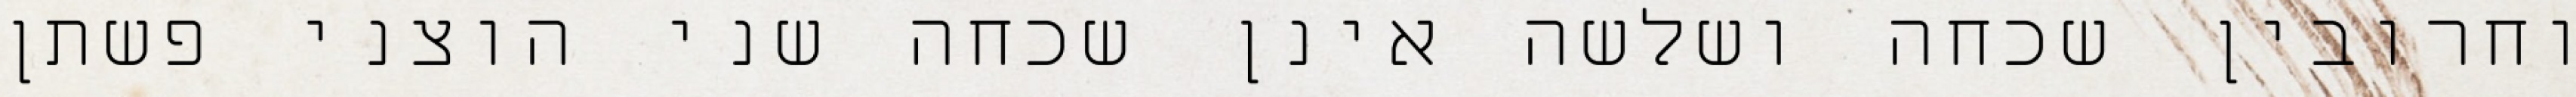
וחרובין שכחה ושלשה אינן שכחה שני הוצני פשתן